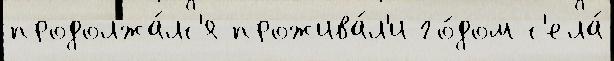
продолжа́лс'я прожива́л'и го́дом с'ела́